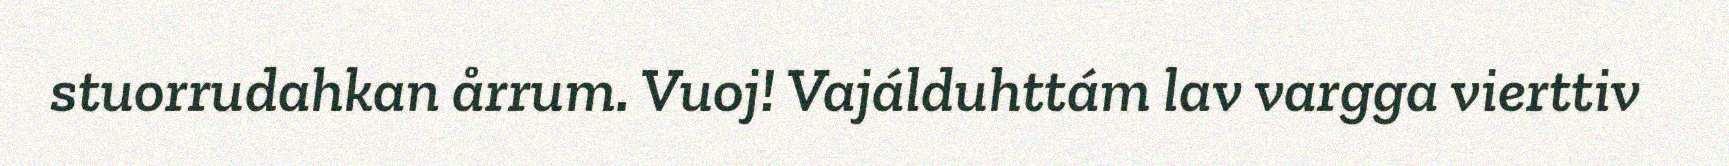
stuorrudahkan årrum. Vuoj! Vajálduhttám lav vargga vierttiv